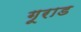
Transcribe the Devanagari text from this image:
गूराड